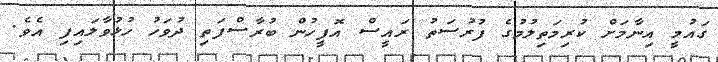
ގައުމީ އިނާމަށް ކުރިމަތިލުމުގެ ފުރުސަތު ރައީސް އޮފީހުން ބުރާސްފަތި ދުވަހު ހުޅުވާލައިފި އެވެ.